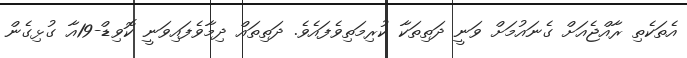
އެތަކެތި ރާއްޖެއަށް ގެނައުމަށް ވަނީ ދަތިތަކާ ކުރިމަތިވެފައެވެ. ދަތިތައް ދިމާވެފައިވަނީ ކޮވިޑް-19އާ ގުޅިގެން